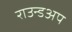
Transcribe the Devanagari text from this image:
राउन्डअप